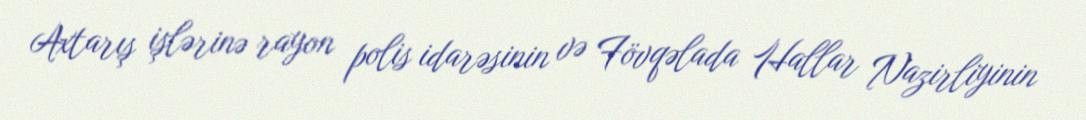
Axtarış işlərinə rayon polis idarəsinin və Fövqəlada Hallar Nazirliyinin